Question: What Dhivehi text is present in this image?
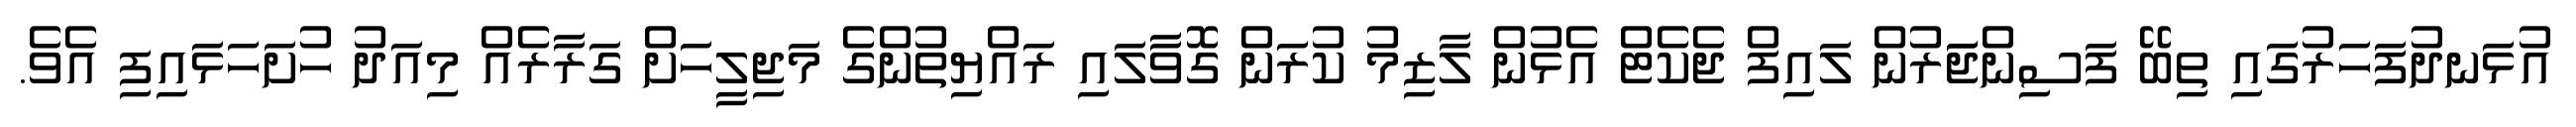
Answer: އުޅަނދުފަހަރުގައި ތިބޭ ފަސިންޖަަރުން ލައިފް ޖެކެޓް އެޅުން ލާޒިމު ކުރަން ގޮވާލައި ރައްޔިތުންގެ މަޖިލީހަށް ގަރާރެއް މިއަދު ހުށަހަޅައިފި އެވެ.